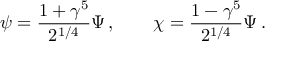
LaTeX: \psi = \frac { 1 + \gamma ^ { 5 } } { 2 ^ { 1 / 4 } } \Psi \, , \qquad \chi = \frac { 1 - \gamma ^ { 5 } } { 2 ^ { 1 / 4 } } \Psi \, .